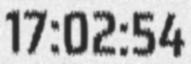
17:02:54